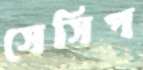
সেসিপ